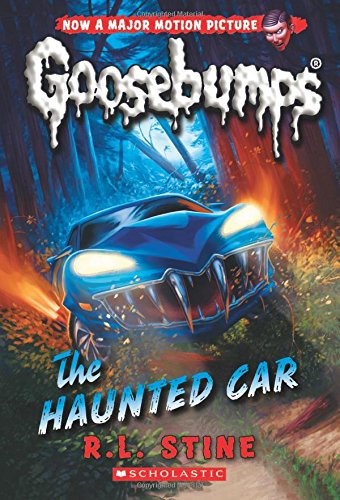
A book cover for Classic Goosebumps #30: The Haunted Car; R.L. Stine; Children's Books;